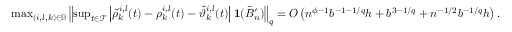
\begin{array} { r } { \operatorname* { m a x } _ { ( i , l , k ) \in \mathbb { B } } \left\| \operatorname* { s u p } _ { t \in \mathcal { T } } \left| \check { \rho } _ { k } ^ { i , l } ( t ) - \rho _ { k } ^ { i , l } ( t ) - \check { \vartheta } _ { k } ^ { i , l } ( t ) \right| \mathbf 1 ( \bar { B } _ { n } ^ { \prime } ) \right\| _ { q } = O \left( n ^ { \phi - 1 } b ^ { - 1 - 1 / q } h + b ^ { 3 - 1 / q } + n ^ { - 1 / 2 } b ^ { - 1 / q } h \right) . } \end{array}